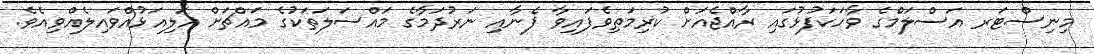
މިނިސްޓަރ އަސްލަމްގެ ވާހަކަފުޅުގައި ރާއްޖެއަށް ކުރިމަތިވެފައިވާ ފެނާއި ނަރުދަމާގެ މައްސަލަތަކުގެ މައްޗަށް އަލިއަޅުއްވައިލެއްވިއެވެ.